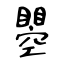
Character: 瞾